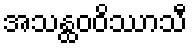
အသန္ထဝဝိဿာသီ